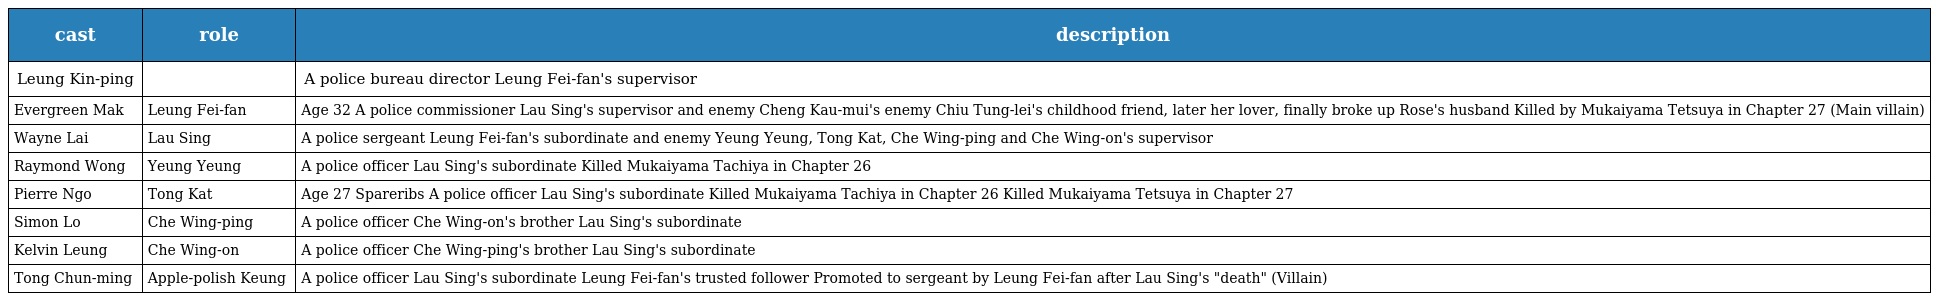
| cast | role | description |
 | --- | --- | --- |
 | Leung Kin-ping |  | A police bureau director Leung Fei-fan's supervisor |
 | Evergreen Mak | Leung Fei-fan 梁非凡 | Age 32 A police commissioner Lau Sing's supervisor and enemy Cheng Kau-mui's enemy Chiu Tung-lei's childhood friend, later her lover, finally broke up Rose's husband Killed by Mukaiyama Tetsuya in Chapter 27 (Main villain) |
 | Wayne Lai | Lau Sing 劉醒 | A police sergeant Leung Fei-fan's subordinate and enemy Yeung Yeung, Tong Kat, Che Wing-ping and Che Wing-on's supervisor |
 | Raymond Wong | Yeung Yeung 楊陽 | A police officer Lau Sing's subordinate Killed Mukaiyama Tachiya in Chapter 26 |
 | Pierre Ngo | Tong Kat 唐吉 | Age 27 Spareribs A police officer Lau Sing's subordinate Killed Mukaiyama Tachiya in Chapter 26 Killed Mukaiyama Tetsuya in Chapter 27 |
 | Simon Lo | Che Wing-ping 車永平 | A police officer Che Wing-on's brother Lau Sing's subordinate |
 | Kelvin Leung | Che Wing-on 車永安 | A police officer Che Wing-ping's brother Lau Sing's subordinate |
 | Tong Chun-ming | Apple-polish Keung 擦鞋強 | A police officer Lau Sing's subordinate Leung Fei-fan's trusted follower Promoted to sergeant by Leung Fei-fan after Lau Sing's "death" (Villain) |